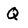
Character: Q